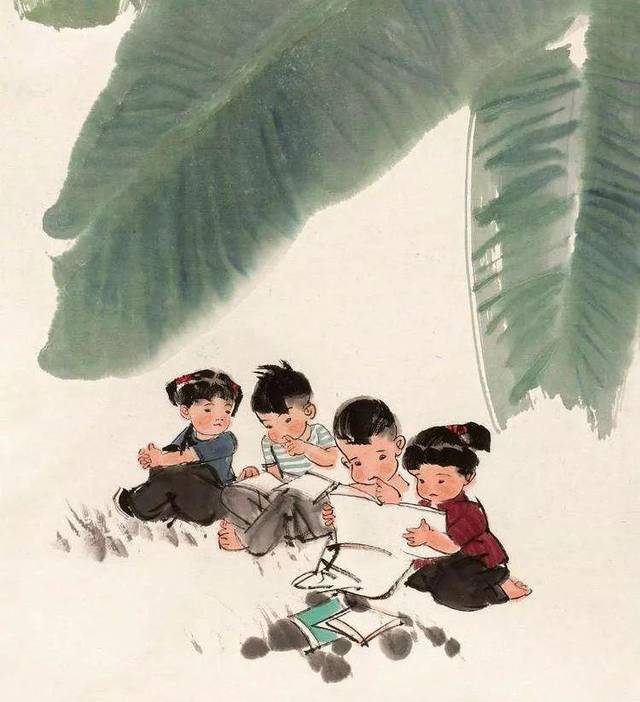
少年辛苦终身事，莫向光阴惰寸功。